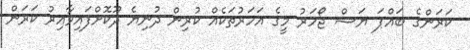
ކަރަންގެ ބައްޕަ ޔަޝް ޖޯހަރު މީގެ އަހަރުތަކެއް ކުރިން ދުނިޔެ ދޫކޮށްފައިވާއިރު ކަރަން